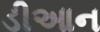
ડીઆન